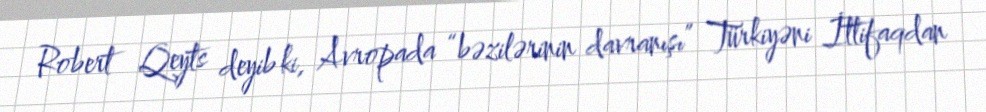
Robert Qeyts deyib ki, Avropada “bəzilərinin davranışı” Türkiyəni İttifaqdan